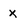
Character: x